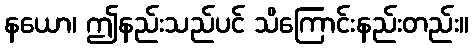
နယော၊ ဤနည်းသည်ပင် သိကြောင်းနည်းတည်း။